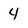
Character: 4